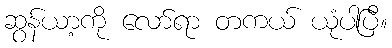
ဆွန်ယာ့ကို လော်ရာ တကယ် ယုံပါပြီ။